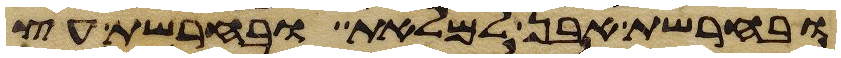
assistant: ובחרשת אבן למלאת ובחרשת עץ